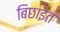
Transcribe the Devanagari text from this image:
बिछाइत